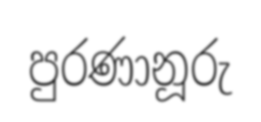
පුරණානූරු